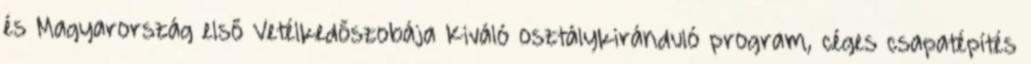
és Magyarország első Vetélkedőszobája Kiváló osztálykiránduló program, céges csapatépítés